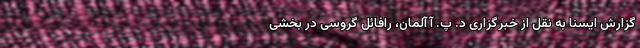
گزارش ایسنا به نقل از خبرگزاری د. پ. آ آلمان، رافائل گروسی در بخشی